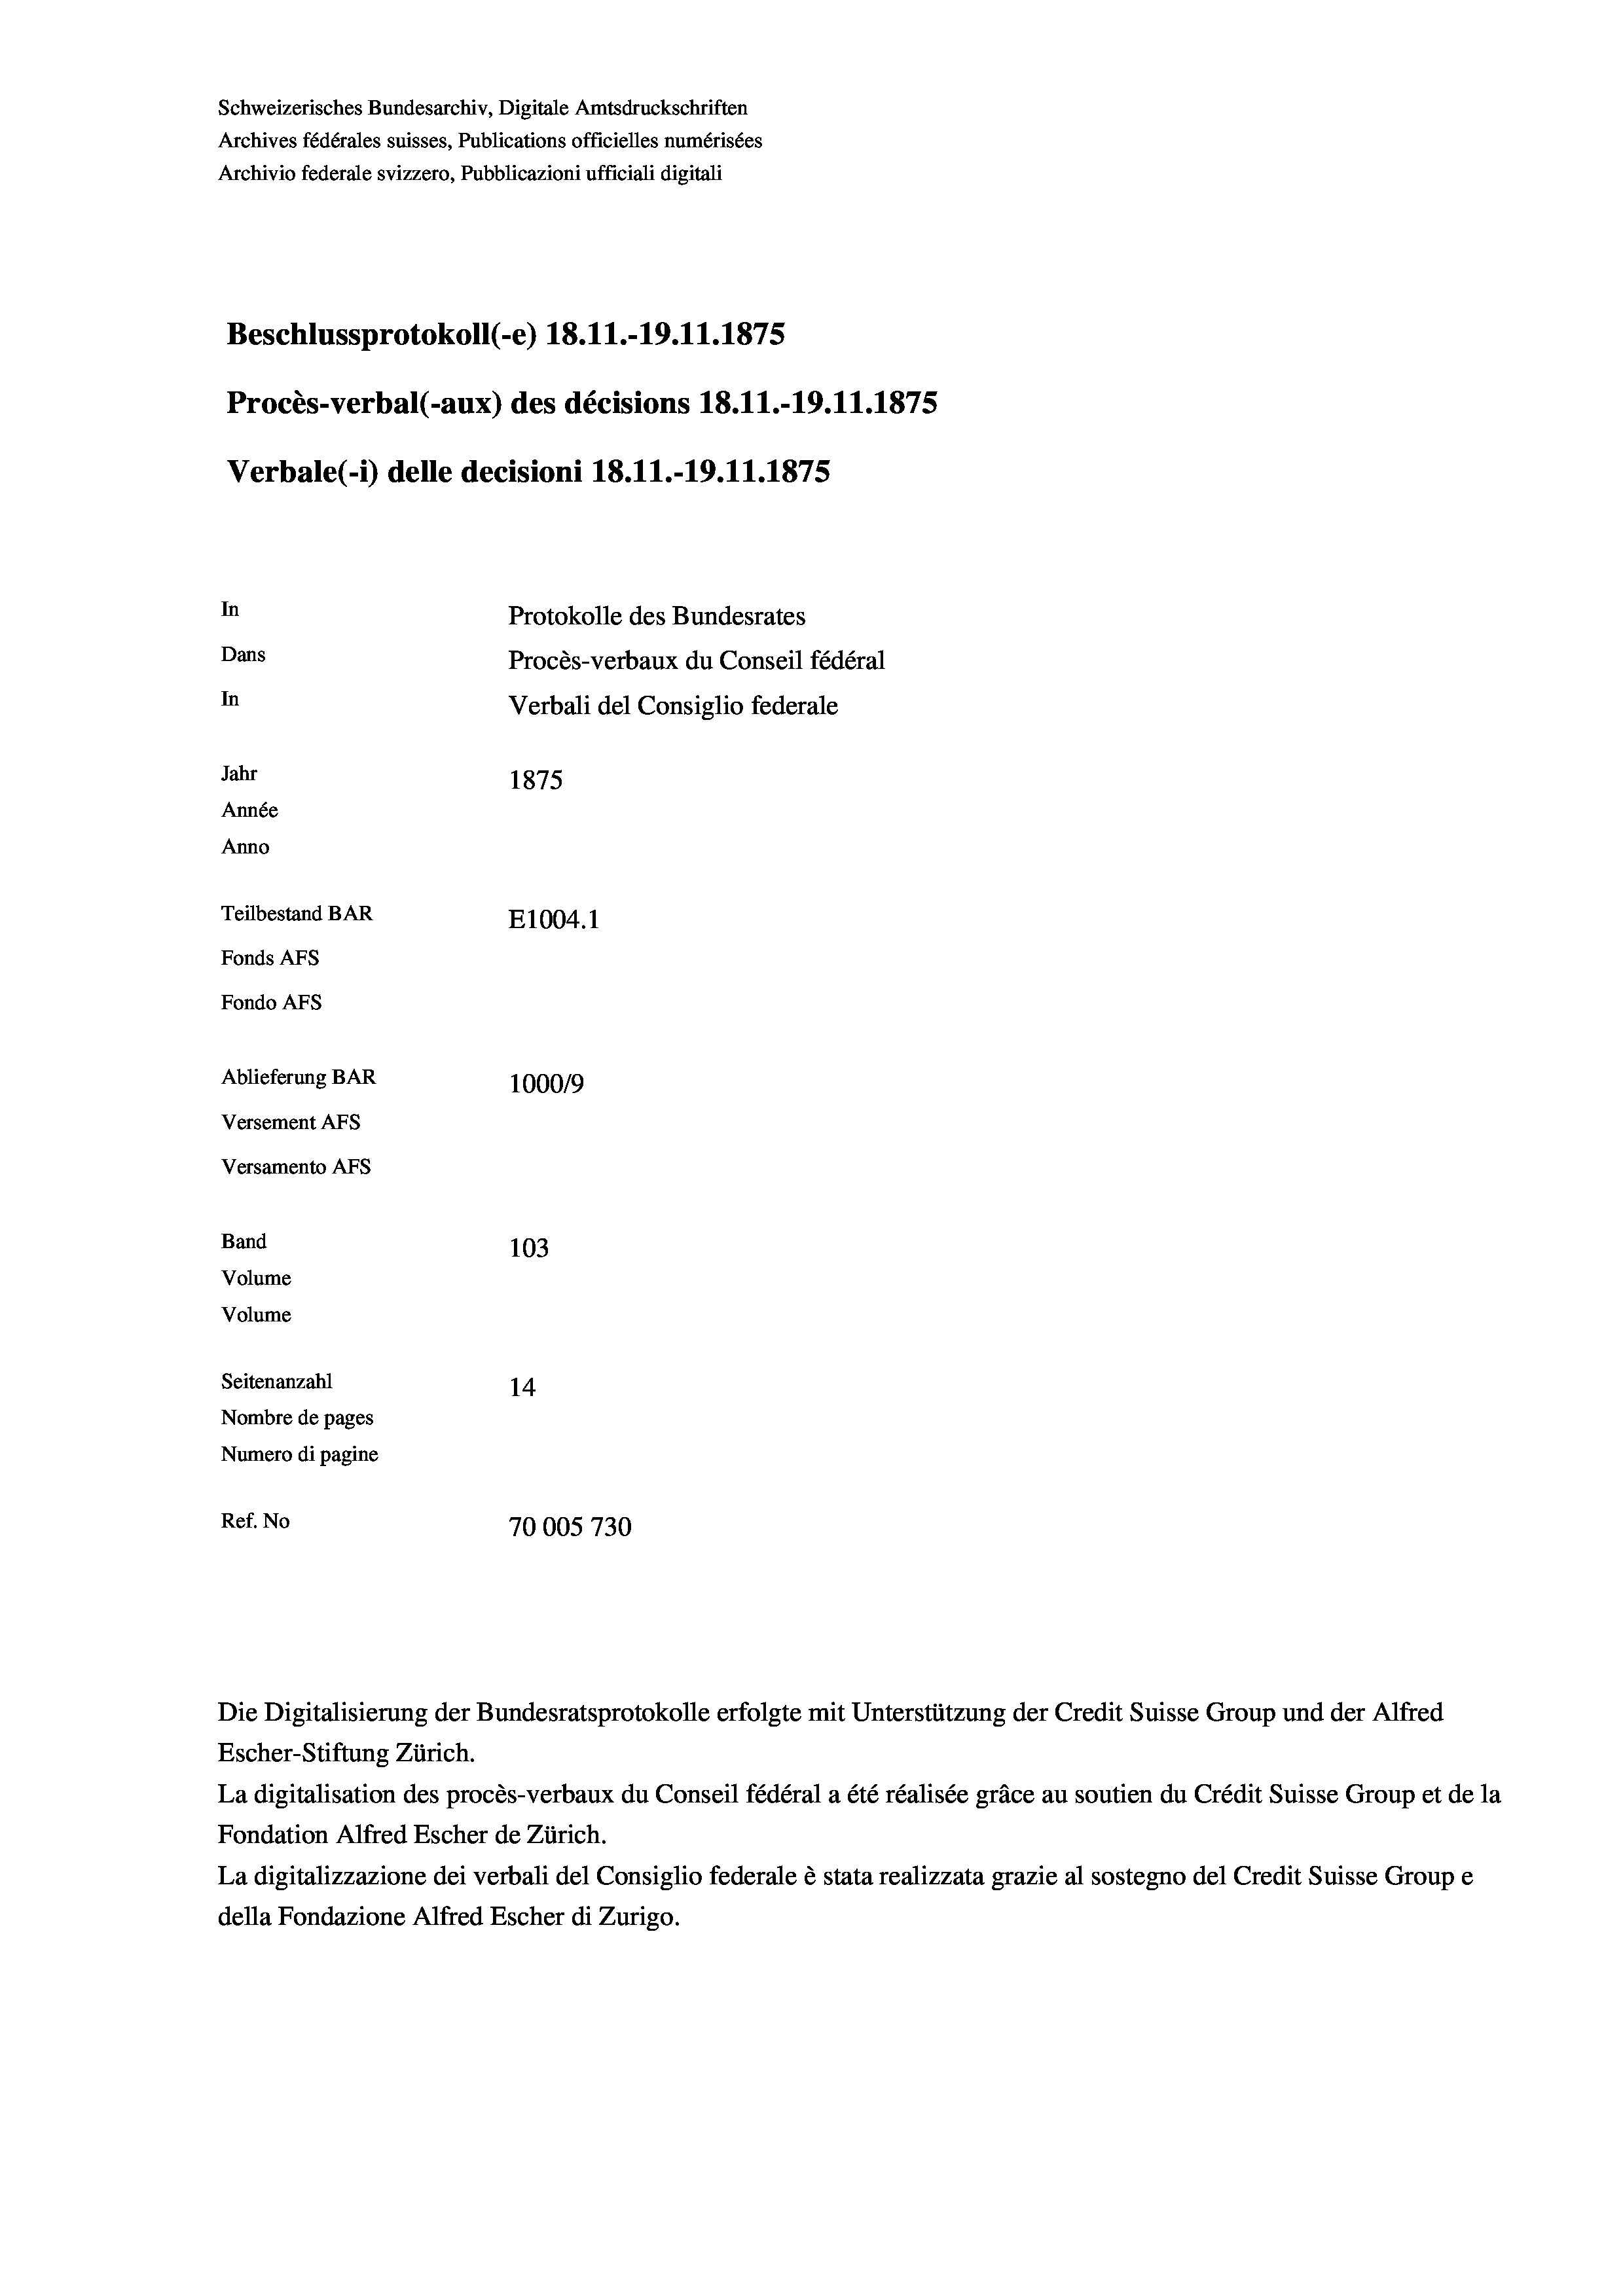
Schweizerisches Bundesarchiv, Digitale Amtsdruckschriften
Archives fédérales suisses, Publications officielles numérisées
Archivio federale svizzero, Pubblicazioni ufficiali digitali
Beschlussprotokoll (-e) 18.11.-19.11.1875
Procès-verbal (-aux) des décisions 18.11.-19.11.1875
Verbale(*) delle decisioni 18.11.-19.11.1875
In
Protokolle des Bundesrates
Dans
Procès-verbaux du Conseil fédéral
In
Verbali del Consiglio federale
Jahr
1875
Année
Anno
Teilbestand BAR
E1004.1
Fonds Afs
Fondo AFS
Ablieferung BAR
100019
Versement AFs
Versamento AFs
Band
103

Seitenanzahl
14
Nombre de pages
Numero di pagine
Ref. No
70005730

Volume
Volume

Die Digitalisierung der Bundesratsprotokolle erfolgte mit Unterstützung der Credit Suisse Group und der Alfred

Escher-Stiftung Zürich.
La digitalisation des procès-verbaux du Conseil fédéral a été réalisée gräce au soutien du Crédit Suisse Group et de la
Fondation Alfred Escher de Zürich.
La digitalizzazione dei verbali del Consiglio federale è stata realizzata grazie al sostegno del Credit Suisse Groupe
della Fondazione Alfred Escher di Zurigo.